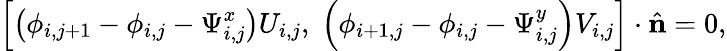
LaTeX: \left[\left(\phi_{i,j+1}-\phi_{i,j}-\Psi_{i,j}^{x}\right)U_{i,j},\; \left(\phi_{i+1,j}-\phi_{i,j}-\Psi_{i,j}^{y}\right)V_{i,j}\right]\cdot\hat{\mathbf{n}}=0,